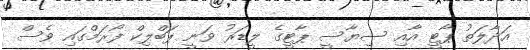
އަދާލަތު ޕާޓީ އާއި ސިޔާސީ ޕާޓީގެ ލީޑަރު ވަނީ ޕަބްލިކް ފޯރަމްގައި ވެސް